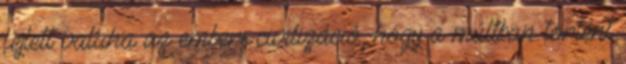
fejlett valaha az emberi civilizáció, hogy a múltban történt